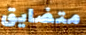
متضايق